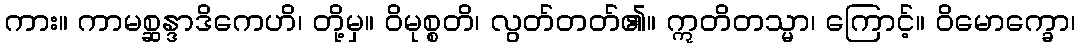
ကား။ ကာမစ္ဆန္ဒာဒိကေဟိ၊ တို့မှ။ ဝိမုစ္စတိ၊ လွတ်တတ်၏။ ဣတိတသ္မာ၊ ကြောင့်။ ဝိမောက္ခော၊